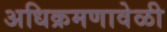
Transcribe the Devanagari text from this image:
अधिक्रमणावेळी